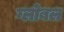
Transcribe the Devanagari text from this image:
ग्लोबल